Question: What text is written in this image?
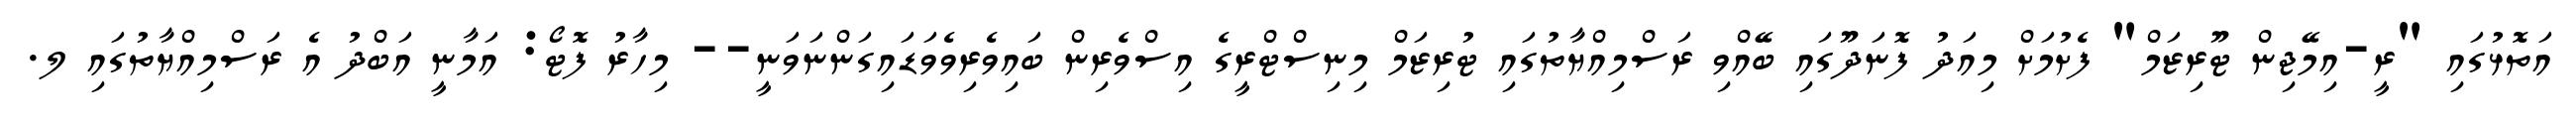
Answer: އަތޮޅުގައި "ރީ-އިމޭޖިން ޓޫރިޒަމް" ފެށުމަށް މިއަދު ފޮނަދޫގައި ބޭއްވި ރަސްމިއްޔާތުގައި ޓުރިޒަމް މިނިސްޓްރީގެ އިސްވެރިން ބައިވެރިވެވަޑައިގަންނަވަނީ-- މިހާރު ފޮޓޯ: އަމާނީ އަބްދު އެ ރަސްމިއްޔާތުގައި ލ.